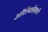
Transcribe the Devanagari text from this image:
आॅटोबाईग्राफ़ी